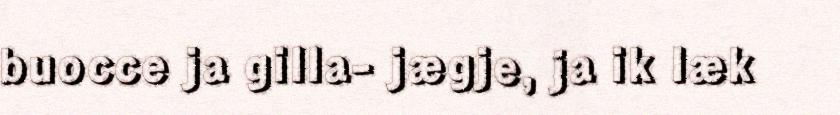
buocce ja gilla- jægje, ja ik læk